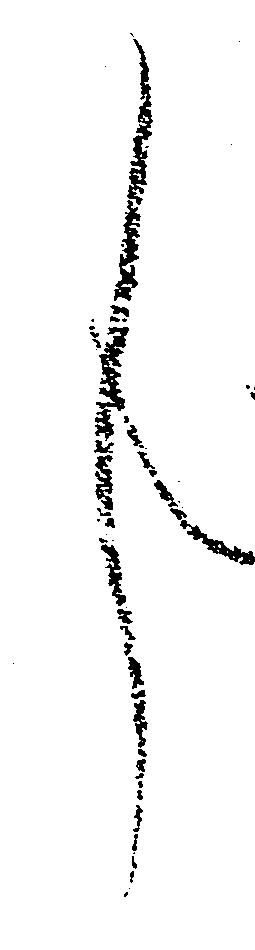
し